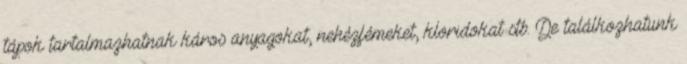
tápok tartalmazhatnak káros anyagokat, nehézfémeket, kloridokat stb. De találkozhatunk